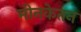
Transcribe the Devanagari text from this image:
मीनकेतन